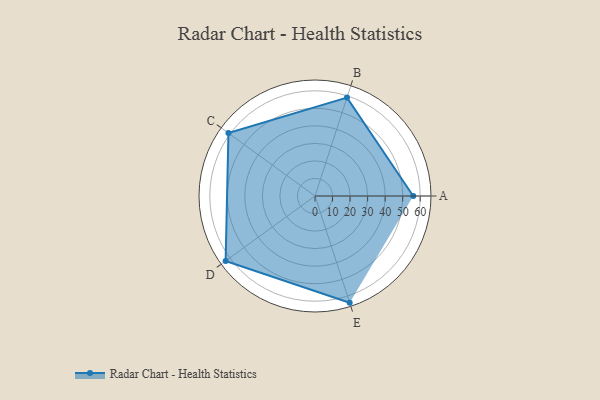
{"axis": {"x": "Skill", "y": "Score"}, "legend": ["Profile"], "data": [{"x": "A", "y": 56.0, "type": "Profile"}, {"x": "B", "y": 59.0, "type": "Profile"}, {"x": "C", "y": 61.0, "type": "Profile"}, {"x": "D", "y": 63.0, "type": "Profile"}, {"x": "E", "y": 64.0, "type": "Profile"}]}